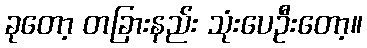
ခုတော့ တခြားနည်း သုံးပေဦးတော့။